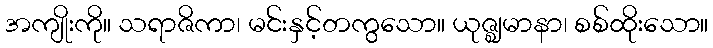
အကျိုးကို။ သရာဇိကာ၊ မင်းနှင့်တကွသော။ ယုဇ္ဈမာနာ၊ စစ်ထိုးသော။